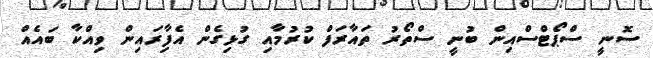
ސޮނީ ސްޕޯޓްސްއިން ބުނީ ސްތޯރު ތައާރަފް ކުރުމާއި ގުޅިގެން އެފިާރައިން ވިއްކާ ބައެއް